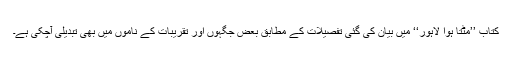
کتاب ’’مٹتا ہوا لاہور‘‘ میں بیان کی گئی تفصیلات کے مطابق بعض جگہوں اور تقریبات کے ناموں میں بھی تبدیلی آچکی ہے۔